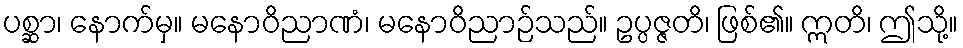
ပစ္ဆာ၊ နောက်မှ။ မနောဝိညာဏံ၊ မနောဝိညာဉ်သည်။ ဥပ္ပဇ္ဇတိ၊ ဖြစ်၏။ ဣတိ၊ ဤသို့။